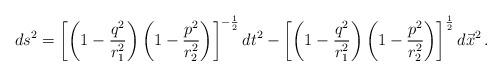
LaTeX: \begin{align*}ds^{2}=\left[\left(1-\frac{q^{2}}{r_{1}^{2}}\right)\left(1-\frac{p^{2}}{r_{2}^{2}}\right)\right]^{-\frac{1}{2}}dt^{2}-\left[\left(1-\frac{q^{2}}{r_{1}^{2}}\right)\left(1-\frac{p^{2}}{r_{2}^{2}}\right)\right]^{\frac{1}{2}}d\vec{x}^{2}\, .\end{align*}